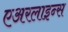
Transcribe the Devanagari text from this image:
एअरलाइन्‍स